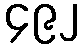
၄၉၂